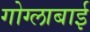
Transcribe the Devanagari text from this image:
गोग्लाबाई